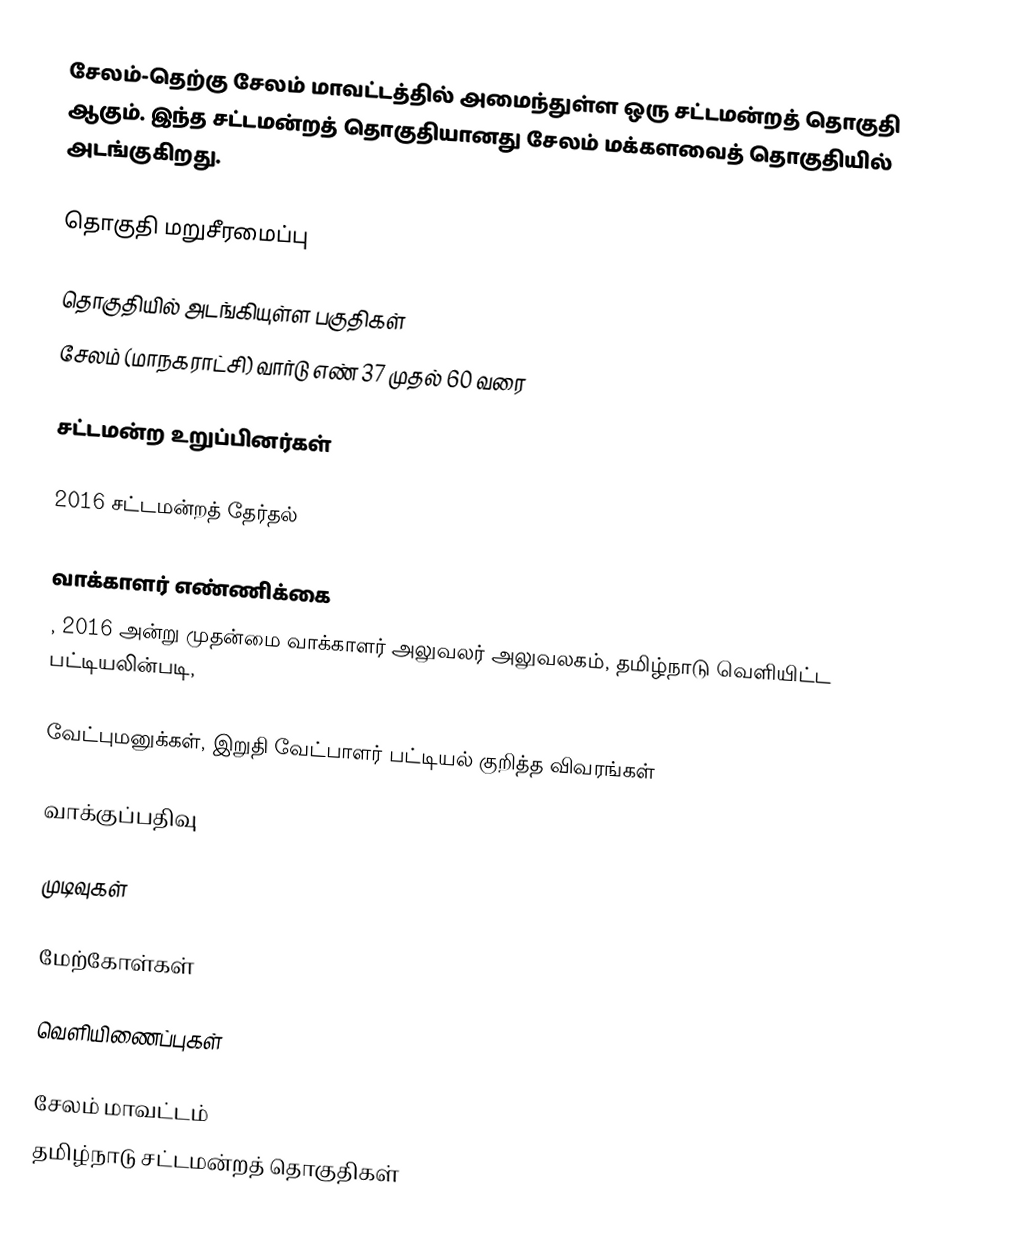
சேலம்-தெற்கு சேலம் மாவட்டத்தில் அமைந்துள்ள  ஒரு சட்டமன்றத் தொகுதி ஆகும். இந்த சட்டமன்றத் தொகுதியானது சேலம் மக்களவைத் தொகுதியில் அடங்குகிறது.

தொகுதி மறுசீரமைப்பு

தொகுதியில் அடங்கியுள்ள பகுதிகள்
சேலம் (மாநகராட்சி) வார்டு எண் 37 முதல் 60 வரை

சட்டமன்ற உறுப்பினர்கள்

2016 சட்டமன்றத் தேர்தல்

வாக்காளர் எண்ணிக்கை
, 2016 அன்று முதன்மை வாக்காளர் அலுவலர் அலுவலகம், தமிழ்நாடு வெளியிட்ட பட்டியலின்படி,

வேட்புமனுக்கள், இறுதி வேட்பாளர் பட்டியல் குறித்த விவரங்கள்

வாக்குப்பதிவு

முடிவுகள்

மேற்கோள்கள்

வெளியிணைப்புகள்

சேலம் மாவட்டம்
தமிழ்நாடு சட்டமன்றத் தொகுதிகள்